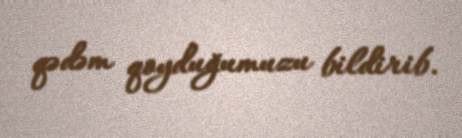
qədəm qoyduğumuzu bildirib.